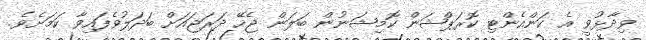
ވިދާޅުވީ އެ ކަންއެންޓި ކޮރަޕްޝަން ކޮމިޝަނުން ބަލަން ޖެހޭ ދަރަޖައަށް ބަދަލުވެފައިވާ ކަމަށެވެ.